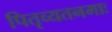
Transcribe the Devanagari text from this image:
पितृव्यतनमाः